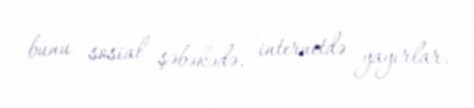
bunu sosial şəbəkədə, internetdə yayırlar.